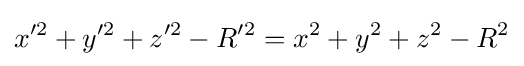
x^{\prime 2}+y^{\prime 2}+z^{\prime 2}-R^{\prime 2}=x^{2}+y^{2}+z^{2}-R^{2}